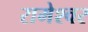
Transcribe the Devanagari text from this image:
रामेश्वर